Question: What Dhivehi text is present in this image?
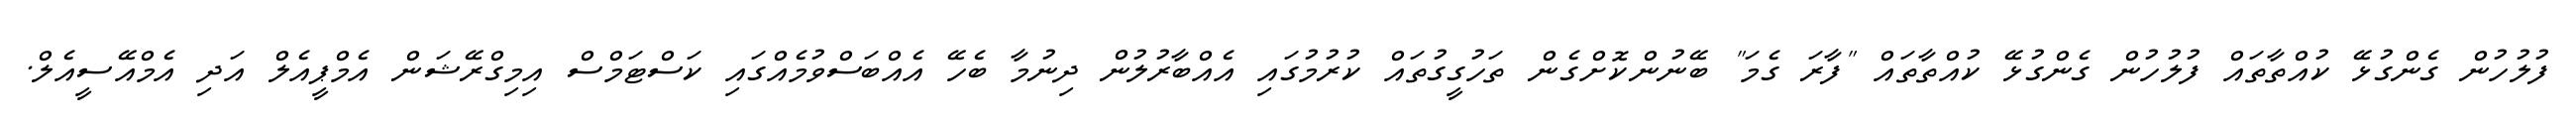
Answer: ފުލުހުން ގެންގުޅޭ ކުއްތާތައް ފުލުހުން ގެންގުޅޭ ކުއްތާތައް "ފާރަ ގެމަ" ބޭނުންކޮށްގެން ތަހުގީގުތައް ކުރުމުގައި އެއްބާރުލުން ދިނުމާ ބެހޭ އެއްބަސްވުމެއްގައި ކަސްޓަމްސް އިމިގްރޭޝަން އެމްޕީއެލް އަދި އެމްއޭސީއެލް.